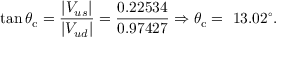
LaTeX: \tan \theta _ { \mathrm { c } } = { \frac { | V _ { u s } | } { | V _ { u d } | } } = { \frac { 0 . 2 2 5 3 4 } { 0 . 9 7 4 2 7 } } \Rightarrow \theta _ { \mathrm { c } } = ~ 1 3 . 0 2 ^ { \circ } .